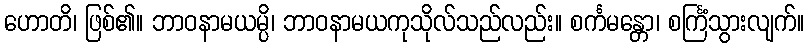
ဟောတိ၊ ဖြစ်၏။ ဘာဝနာမယမ္ပိ၊ ဘာဝနာမယကုသိုလ်သည်လည်း။ စင်္ကမန္တော၊ စင်္ကြံသွားလျက်။